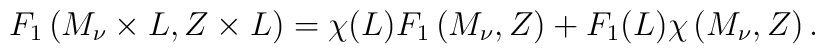
F_1\left(M_\nu\times L,Z\times L\right)=\chi(L)F_1\left(M_\nu,Z\right)+F_1(L)\chi\left(M_\nu,Z\right).